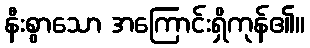
နီးစွာသော အကြောင်းရှိကုန်၏။